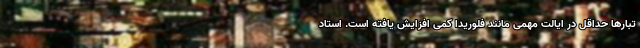
تبارها حداقل در ایالت مهمی مانند فلوریدا کمی افزایش یافته است. استاد